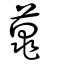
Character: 蔸